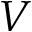
V